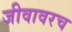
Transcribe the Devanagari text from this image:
जीवावरच